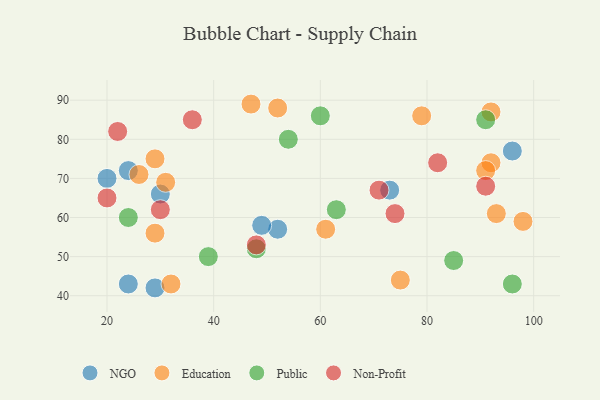
{"axis": {"x": "GDP", "y": "Life Expectancy"}, "legend": ["Education", "NGO", "Non-Profit", "Public"], "data": [{"x": "96", "y": 77, "type": "NGO"}, {"x": "52", "y": 57, "type": "NGO"}, {"x": "73", "y": 67, "type": "NGO"}, {"x": "20", "y": 70, "type": "NGO"}, {"x": "24", "y": 72, "type": "NGO"}, {"x": "24", "y": 43, "type": "NGO"}, {"x": "30", "y": 66, "type": "NGO"}, {"x": "49", "y": 58, "type": "NGO"}, {"x": "29", "y": 42, "type": "NGO"}, {"x": "29", "y": 75, "type": "Education"}, {"x": "92", "y": 87, "type": "Education"}, {"x": "93", "y": 61, "type": "Education"}, {"x": "47", "y": 89, "type": "Education"}, {"x": "98", "y": 59, "type": "Education"}, {"x": "92", "y": 74, "type": "Education"}, {"x": "52", "y": 88, "type": "Education"}, {"x": "91", "y": 72, "type": "Education"}, {"x": "79", "y": 86, "type": "Education"}, {"x": "26", "y": 71, "type": "Education"}, {"x": "75", "y": 44, "type": "Education"}, {"x": "61", "y": 57, "type": "Education"}, {"x": "32", "y": 43, "type": "Education"}, {"x": "29", "y": 56, "type": "Education"}, {"x": "31", "y": 69, "type": "Education"}, {"x": "85", "y": 49, "type": "Public"}, {"x": "63", "y": 62, "type": "Public"}, {"x": "24", "y": 60, "type": "Public"}, {"x": "60", "y": 86, "type": "Public"}, {"x": "54", "y": 80, "type": "Public"}, {"x": "39", "y": 50, "type": "Public"}, {"x": "96", "y": 43, "type": "Public"}, {"x": "91", "y": 85, "type": "Public"}, {"x": "48", "y": 52, "type": "Public"}, {"x": "30", "y": 62, "type": "Non-Profit"}, {"x": "82", "y": 74, "type": "Non-Profit"}, {"x": "91", "y": 68, "type": "Non-Profit"}, {"x": "36", "y": 85, "type": "Non-Profit"}, {"x": "71", "y": 67, "type": "Non-Profit"}, {"x": "20", "y": 65, "type": "Non-Profit"}, {"x": "74", "y": 61, "type": "Non-Profit"}, {"x": "22", "y": 82, "type": "Non-Profit"}, {"x": "48", "y": 53, "type": "Non-Profit"}]}